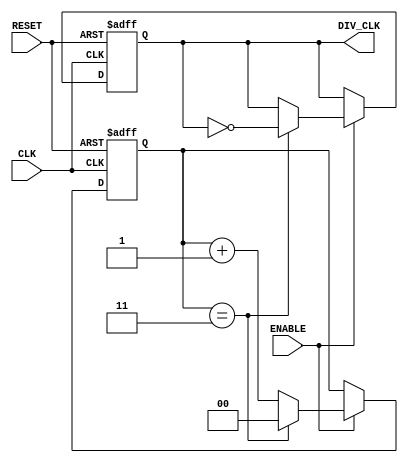
module freq_divider #(
    parameter M = 4   // Division factor (must be greater than 1)
)(
    input wire CLK,       // Input clock signal
    input wire RESET,     // Asynchronous reset signal
    input wire ENABLE,    // Enable signal to control counter
    output reg DIV_CLK     // Divided clock output signal
);

    // Counter width calculation
    localparam N = $clog2(M); // Number of bits needed for the counter
    reg [N-1:0] counter;       // Counter register

    // Initialize counter and output on reset or enable
    always @(posedge CLK or posedge RESET) begin
        if (RESET) begin
            counter <= 0;      // Reset counter to zero
            DIV_CLK <= 0;      // Reset divided clock output
        end else if (ENABLE) begin
            if (counter == M - 1) begin
                counter <= 0;  // Reset counter when it reaches M-1
                DIV_CLK <= ~DIV_CLK; // Toggle output clock
            end else begin
                counter <= counter + 1; // Increment counter
            end
        end
    end

endmodule